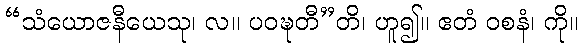
“သံယောဇနီယေသု၊ လ။ ပဝဍ္ဎတီ”တိ၊ ဟူ၍။ ဧတံ ဝစနံ၊ ကို။